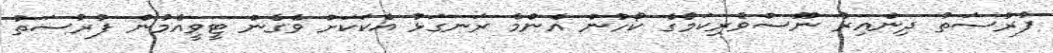
ފުރުސަތު ދިންއިރު ނޫސްވެރިކަމުގެ ކޯހުން އެންމެ ރަނގަޅު އެކަކަށް ވެގެން ޓީވީއެމުން ފުރުސަތު